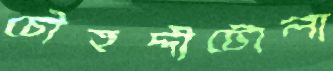
চৌহদ্দীটোলা